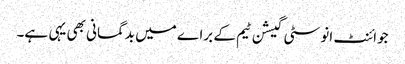
جوائنٹ انوسٹی گیشن ٹیم کے براے میں بدگمانی بھی یہی ہے۔